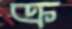
ক্র